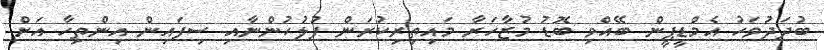
ބުދަދުވަހު އެމްޑީޕީން ބޭއްވި ބޮޑު މުޒާހަރާ މައިތިރިކުރަން ފުލުހުންނާއި ސިފައިން އިންތިހާ އަށް